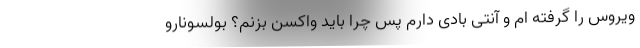
ویروس را گرفته ام و آنتی بادی دارم پس چرا باید واکسن بزنم؟ بولسونارو